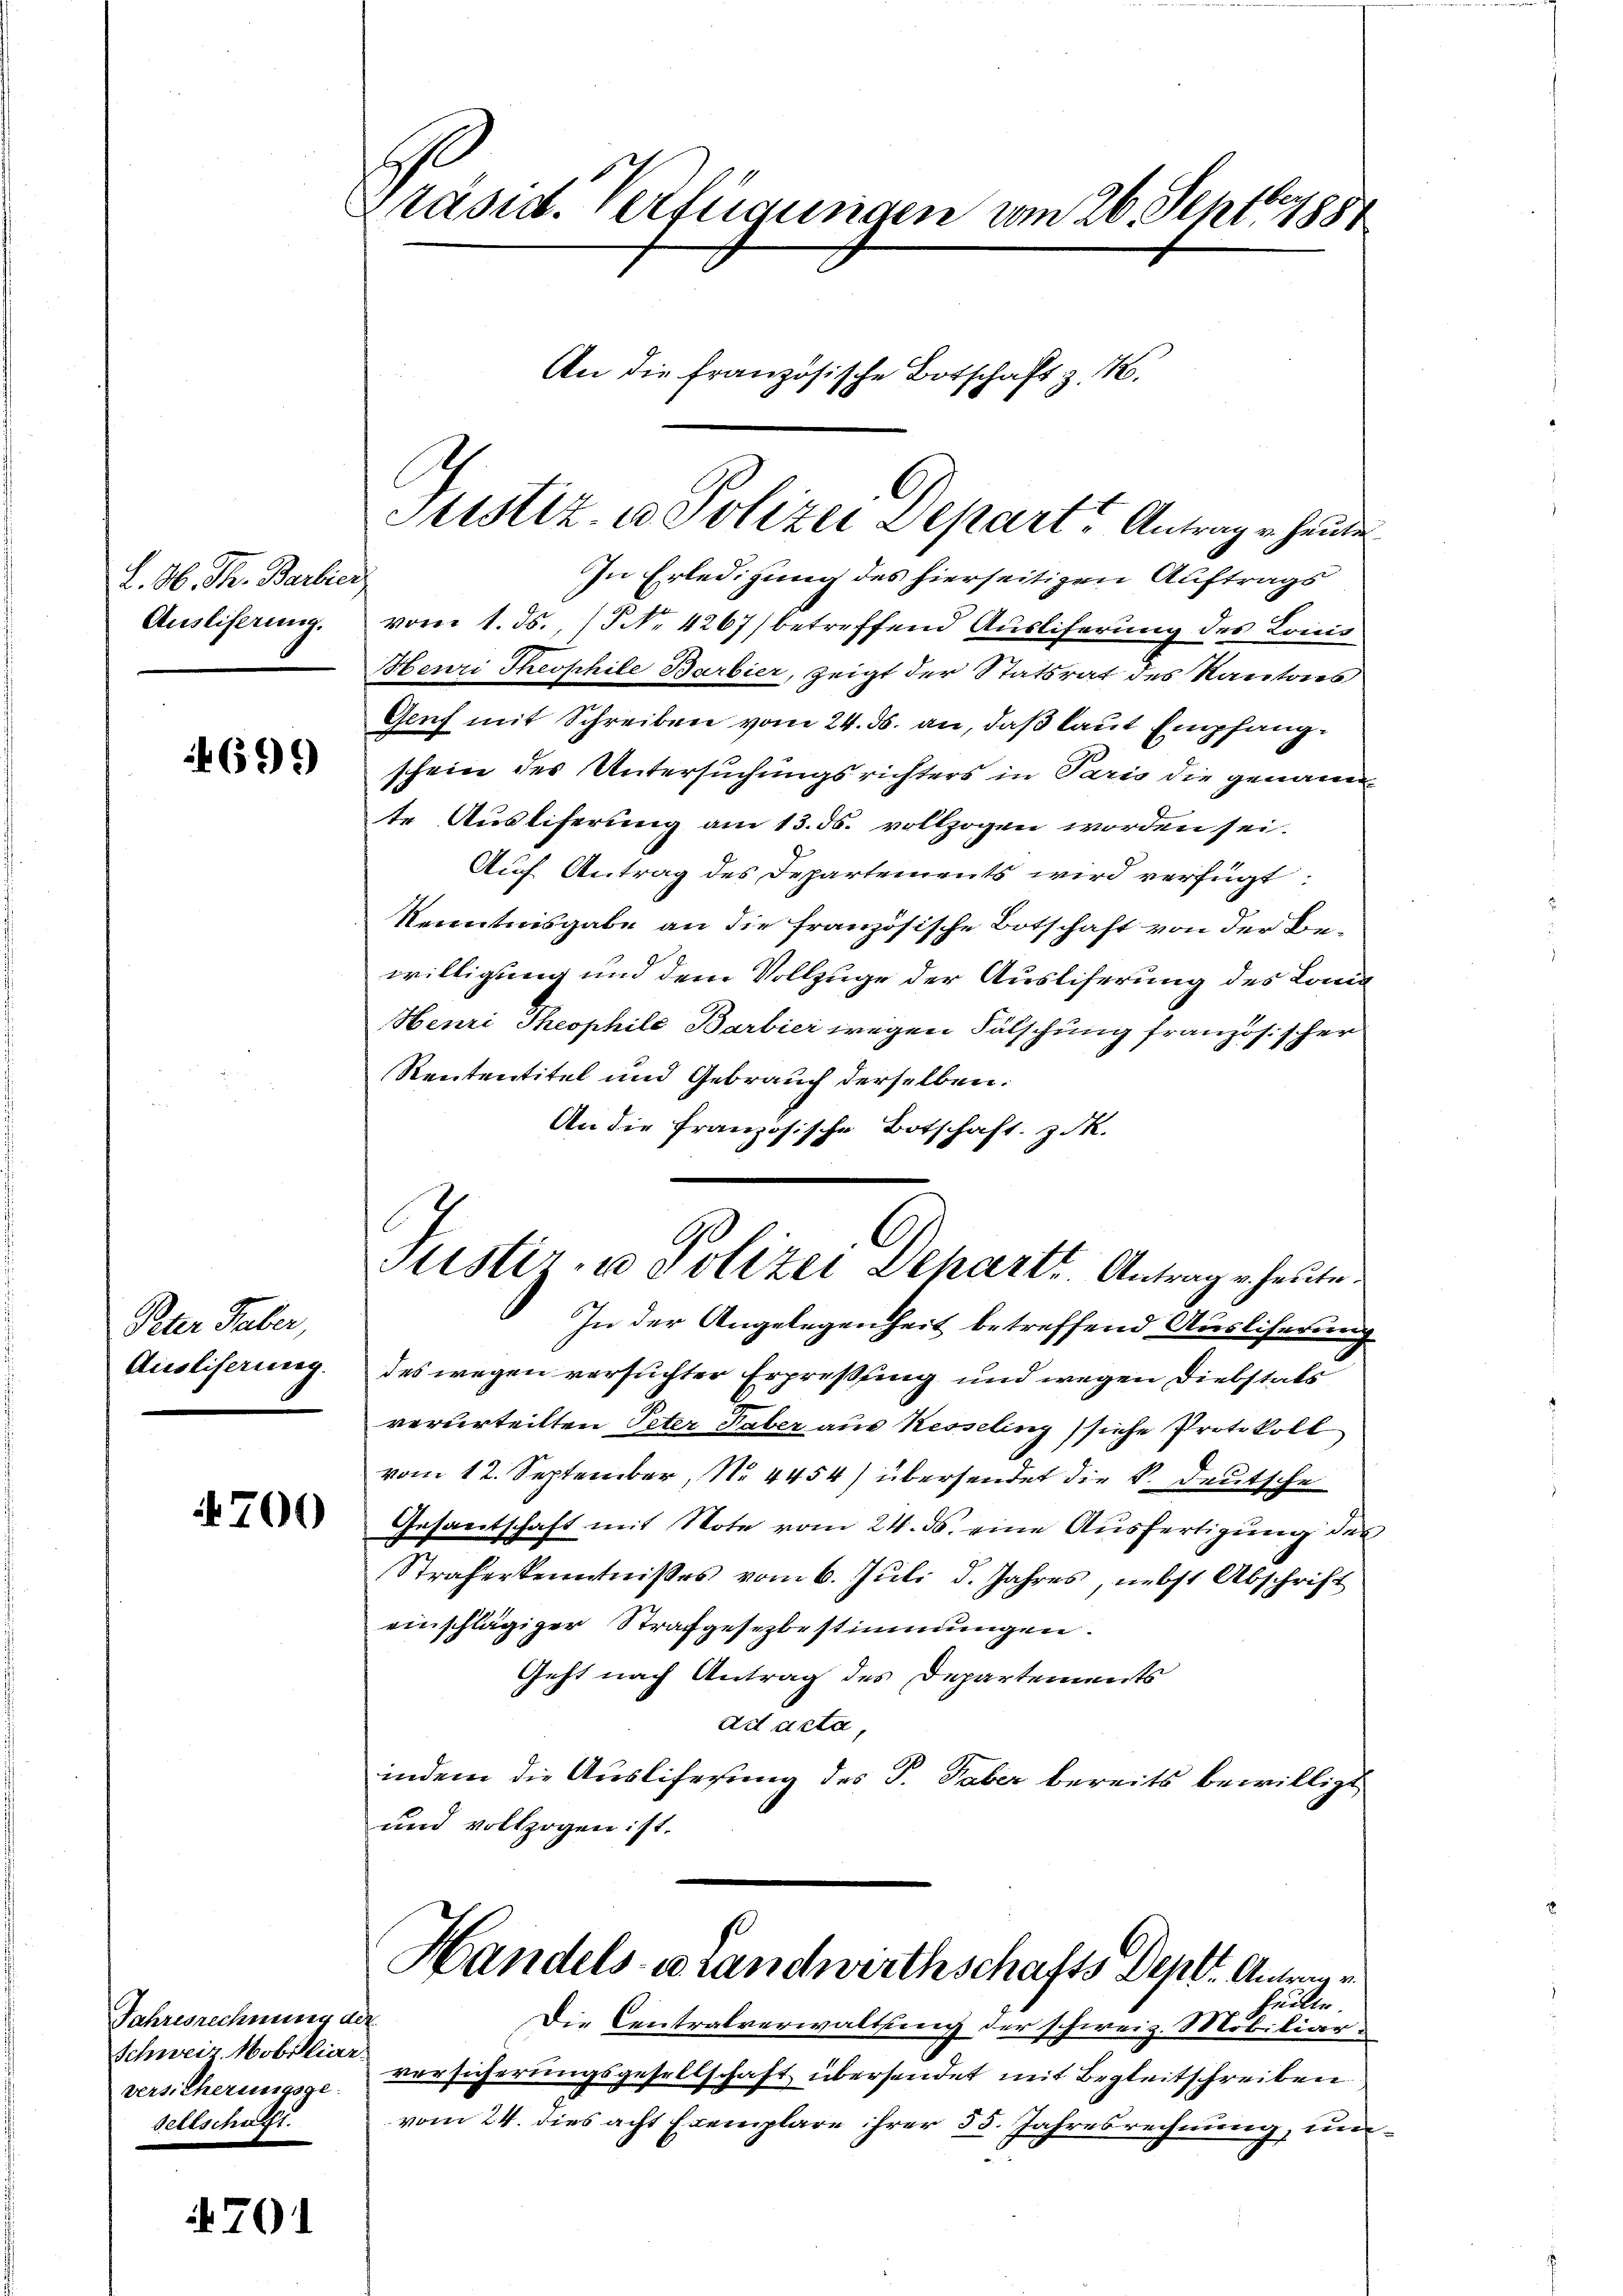
L. N. Th. Barbier
Ausliferung.

699

Paar Taber,
Auslieferung.

4700

Jahresrechnung ad
Schweiz Mobiliar
vers. Cherungsge-
sellschafft.

701

Präsid. Verfügungen vom 26. Sept. 1881
An die französische Botschaft z. B.

In Erledigung des hierseitigen Auftrags
vom 1. Js., No. 4267) betreffend Ausliferung des Louis
Henri Theophile Barbier, zeigt der Statsrat des Kantons
Genf mit Schreiben vom 24. ds. an, daß laut Empfangschein des Untersuchungsrichters in Paris die genann
te Auslieferung am 13. ds. vollzogen worden sei.
Auf Antrag des Departements wird verfügt:
Kenntnisgabe an die französische Botschaft von der Bewilligung und dem Vollzuge der Ausliserung des Land
Henri Theophile Barbier wegen Fälschung französischen
Rententitel und Gebrauch derselben.
An die französische Botschaft. Z. Mk.
Justiz- u Polizei Departt. Antrage heute.
In der Angelegenheit betreffend Ausliserung
des wegen versuchter Erpressing und wegen Diebstals
verurteilten Peter Taber aus Kesseling siche Protokoll
vom 12. September, No. 4454) übersendet die k. Deutsche
Gesantschaft mit Note vom 24. ds. eine Ausfertigung des
Straferkenntnißes vom 6. Juli d. Jahres, nebst Abschrift
einschlägiger Strafgesezbestimmungen.
Geht nach Antrag des Departements
ad acta,
indem die Auslicherung des P. Taber bereits bewilligt,
und vollzogen ist.

C
Sistiz- u. Polizei Depart Antrage heute

Handels- u Landwirthschafts Deptr. Antra
heilte.

Die Centralverwaltung der schweiz. Mobiliarversicherungsgesellschaft übersendet mit Begleitschreiben
vom 24. dies acht Exemplare ihrer 55. Jahresrechnung, un¬